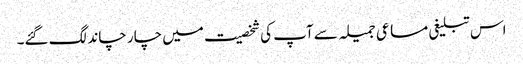
اس تبلیغی مساعی جمیلہ سے آپ کی شخصیت میں چار چاند لگ گئے۔